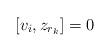
LaTeX: \begin{align*} [v_i,z_{r_k}]=0 \end{align*}